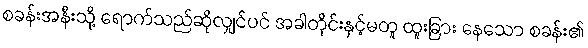
စခန်းအနီးသို့ ရောက်သည်ဆိုလျှင်ပင် အခါတိုင်းနှင့်မတူ ထူးခြား နေသော စခန်း၏